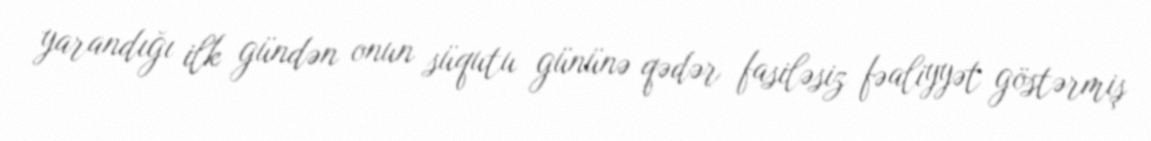
yarandığı ilk gündən onun süqutu gününə qədər fasiləsiz fəaliyyət göstərmiş